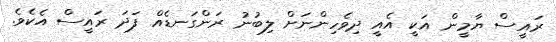
ރައީސް ޔާމީން އަކީ އެއީ ދިވެހިންނަށް ލިބުނު ރަންގަނޑެއް ފަދަ ރައީސް އެކެވެ.